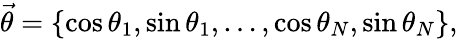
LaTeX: \vec{\theta}=\left\{ \cos{\theta_{1}},\sin{\theta_{1}},\dots,\cos{\theta_{N}},\sin{\theta_{N}}\right\} ,